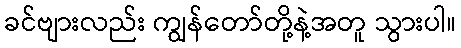
ခင်ဗျားလည်း ကျွန်တော်တို့နဲ့အတူ သွားပါ။